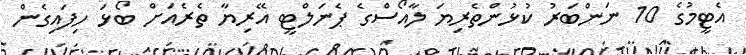
އެޓީމުގެ 10 ނަންބަރު ކުޅުންތެރިޔަ ލާއޯސްގެ ޕެނަލްޓީ އޭރިޔާ ތެރެއަށް ބޯޅަ ހިފައިގެން